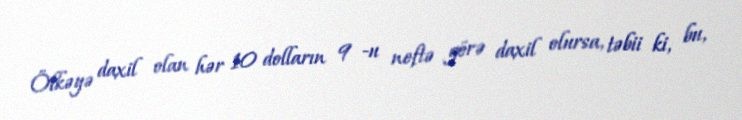
Ölkəyə daxil olan hər 10 dolların 9 -u neftə görə daxil olursa, təbii ki, bu,